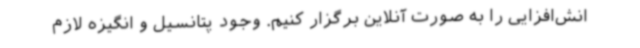
انش‌افزایی را به صورت آنلاین برگزار کنیم. وجود پتانسیل و انگیزه لازم